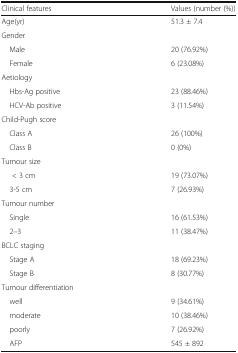
| Clinical features | Values (number (%)) |
 | --- | --- |
 | Age(yr) | 51.3 ± 7.4 |
 | <COLSPAN=2> Gender |
 | Male | 20 (76.92%) |
 | Female | 6 (23.08%) |
 | <COLSPAN=2> Aetiology |
 | Hbs-Ag positive | 23 (88.46%) |
 | HCV-Ab positive | 3 (11.54%) |
 | <COLSPAN=2> Child-Pugh score |
 | Class A | 26 (100%) |
 | Class B | 0 (0%) |
 | <COLSPAN=2> Tumour size |
 | < 3 cm | 19 (73.07%) |
 | 3-5 cm | 7 (26.93%) |
 | <COLSPAN=2> Tumour number |
 | Single | 16 (61.53%) |
 | 2–3 | 11 (38.47%) |
 | <COLSPAN=2> BCLC staging |
 | Stage A | 18 (69.23%) |
 | Stage B | 8 (30.77%) |
 | <COLSPAN=2> Tumour differentiation |
 | well | 9 (34.61%) |
 | moderate | 10 (38.46%) |
 | poorly | 7 (26.92%) |
 | AFP | 545 ± 892 |